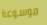
موسوعة